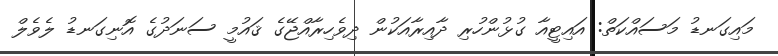
މައިގަނޑު މަސައްކަތް: އައިޓީއާ ގުޅުންހުރި ދާއިރާއަކުން ދިވެހިރާއްޖޭގެ ޤައުމީ ސަނަދުގެ އޮނިގަނޑު ލެވެލް